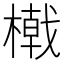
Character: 橶